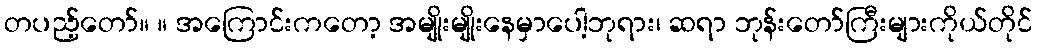
တပည့်တော်။ ။ အကြောင်းကတော့ အမျိုးမျိုးနေမှာပေါ့ဘုရား၊ ဆရာ ဘုန်းတော်ကြီးများကိုယ်တိုင်